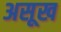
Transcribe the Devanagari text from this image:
असूख